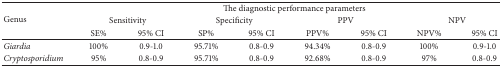
| <ROWSPAN=3> Genus | <COLSPAN=8> The diagnostic performance parameters |
 | <COLSPAN=2> Sensitivity | <COLSPAN=2> Specificity | <COLSPAN=2> PPV | <COLSPAN=2> NPV |
 | SE% | 95% CI | SP% | 95% CI | PPV% | 95% CI | NPV% | 95% CI |
 | --- | --- | --- | --- | --- | --- | --- | --- | --- |
 | Giardia | 100% | 0.9-1.0 | 95.71% | 0.8-0.9 | 94.34% | 0.8-0.9 | 100% | 0.9-1.0 |
 | Cryptosporidium | 95% | 0.8-0.9 | 95.71% | 0.8-0.9 | 92.68% | 0.8-0.9 | 97% | 0.8-0.9 |